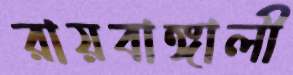
রায়বাঙ্গালী